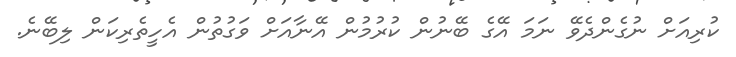
ކުރިއަށް ނުގެންދެވޭ ނަމަ އޭގެ ބޭނުން ކުރުމުން އޭނާއަށް ވަގުތުން އެހީތެރިކަން ލިބޭނެ.